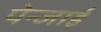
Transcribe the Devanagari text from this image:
पेन्जाई